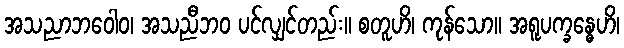
အသညာဘဝေါဝ၊ အသညီဘဝ ပင်လျှင်တည်း။ စတူဟိ၊ ကုန်သော။ အရူပက္ခန္ဓေဟိ၊